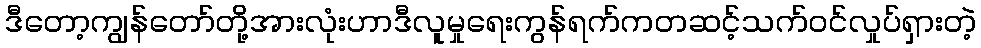
ဒီတော့ကျွန်တော်တို့အားလုံးဟာဒီလူမှုရေးကွန်ရက်ကတဆင့်သက်ဝင်လှုပ်ရှားတဲ့